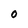
Character: 0